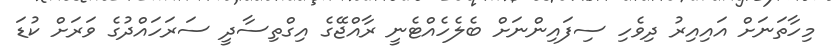
މިހާތަނަށް އައިއިރު ދިވެހި ސިފައިންނަށް ބެލެހެއްޓެނީ ރާއްޖޭގެ އިގްތިސާދީ ސަރަހައްދުގެ ވަރަށް ކުޑަ